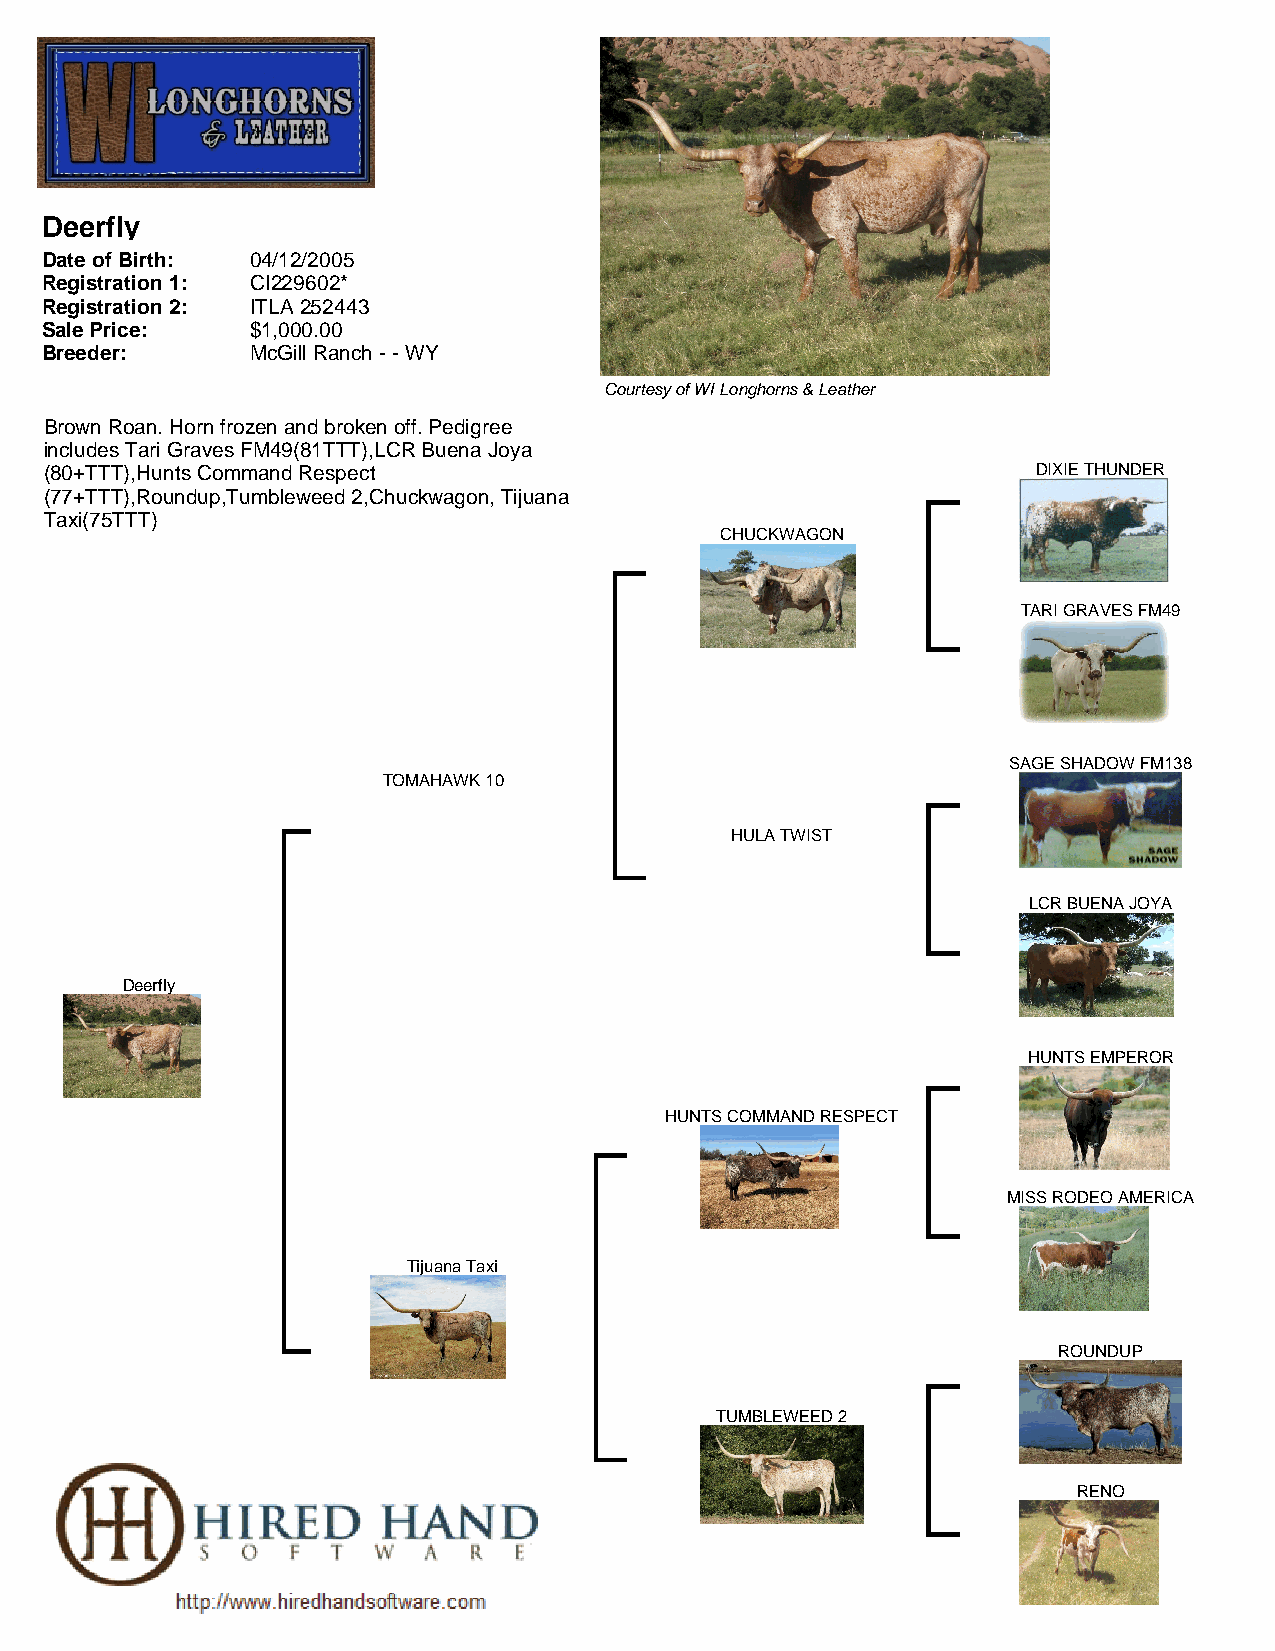
Deerfly
 Date of Birth: 04/12/2005
 Registration 1: CI229602*
 Registration 2: ITLA 252443
 Sale Price:   $1,000.00
 Breeder:      McGill Ranch - - WY
 Courtesy of WI Longhorns & Leather
 Brown Roan. Horn frozen and broken off. Pedigree
 includes Tari Graves FM49(81TTT),LCR Buena Joya
 (80+TTT),Hunts Command Respect                                    DIXIE THUNDER
 (77+TTT),Roundup,Tumbleweed 2,Chuckwagon, Tijuana
 Taxi(75TTT)
 CHUCKWAGON
 TARI GRAVES FM49
 SAGE SHADOW FM138
 TOMAHAWK 10
 HULA TWIST
 LCR BUENA JOYA
 Deerfly
 HUNTS EMPEROR
 HUNTS COMMAND RESPECT
 MISS RODEO AMERICA
 Tijuana Taxi
 ROUNDUP
 TUMBLEWEED 2
 RENO